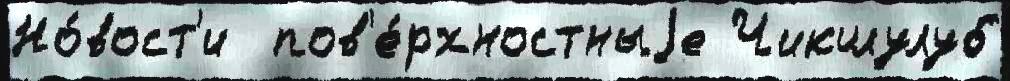
Но́вост'и  пов'е́рхностныjе Чикшулуб